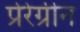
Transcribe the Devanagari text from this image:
प्रेरेग्रीन